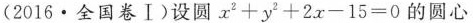
(2016 · 全国卷Ⅰ)设圆$$x ^ { 2 } + y ^ { 2 } + 2 x - 1 5 = 0$$的圆心